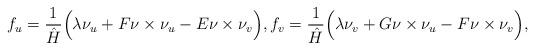
LaTeX: \begin{align*}f_u=\dfrac{1}{\hat{H}}\Big(\lambda \nu_u+F\nu\times\nu_u-E\nu\times\nu_v\Big),f_v=\dfrac{1}{\hat{H}}\Big(\lambda \nu_v+G\nu\times\nu_u-F\nu\times\nu_v\Big),\end{align*}